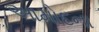
આમોદના